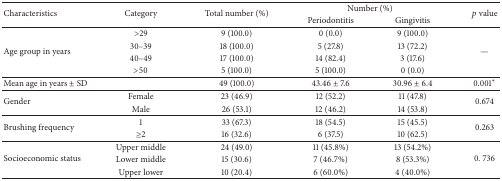
| <ROWSPAN=2> Characteristics | <ROWSPAN=2> Category | <ROWSPAN=2> Total number (%) | <COLSPAN=2> Number (%) | <ROWSPAN=2> p value |
 | Periodontitis | Gingivitis |
 | --- | --- | --- | --- | --- | --- |
 | <ROWSPAN=4> Age group in years | >29 | 9 (100.0) | 0 (0.0) | 9 (100.0) | <ROWSPAN=4> — |
 | 30–39 | 18 (100.0) | 5 (27.8) | 13 (72.2) |
 | 40–49 | 17 (100.0) | 14 (82.4) | 3 (17.6) |
 | >50 | 5 (100.0) | 5 (100.0) | 0 (0.0) |
 | <COLSPAN=2> Mean age in years ± SD | 49 (100.0) | 43.46 ± 7.6 | 30.96 ± 6.4 | 0.001∗ |
 | <ROWSPAN=2> Gender | Female | 23 (46.9) | 12 (52.2) | 11 (47.8) | <ROWSPAN=2> 0.674 |
 | Male | 26 (53.1) | 12 (46.2) | 14 (53.8) |
 | <ROWSPAN=2> Brushing frequency | 1 | 33 (67.3) | 18 (54.5) | 15 (45.5) | <ROWSPAN=2> 0.263 |
 | ≥2 | 16 (32.6) | 6 (37.5) | 10 (62.5) |
 | <ROWSPAN=3> Socioeconomic status | Upper middle | 24 (49.0) | 11 (45.8%) | 13 (54.2%) | <ROWSPAN=3> 0. 736 |
 | Lower middle | 15 (30.6) | 7 (46.7%) | 8 (53.3%) |
 | Upper lower | 10 (20.4) | 6 (60.0%) | 4 (40.0%) |